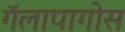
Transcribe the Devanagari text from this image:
गॅलापागोस